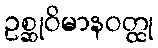
ဥစ္ဆုဝိမာနဝတ္ထု